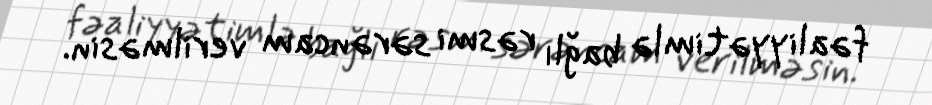
fəaliyyətimlə bağlı rəsmi sərəncam verilməsin.